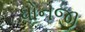
ધોનજી